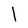
Character: l